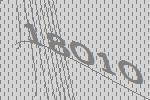
18010